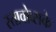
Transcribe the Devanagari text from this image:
स्तावोव्सके